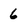
Character: 6